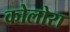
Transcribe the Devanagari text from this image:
कोलोरा